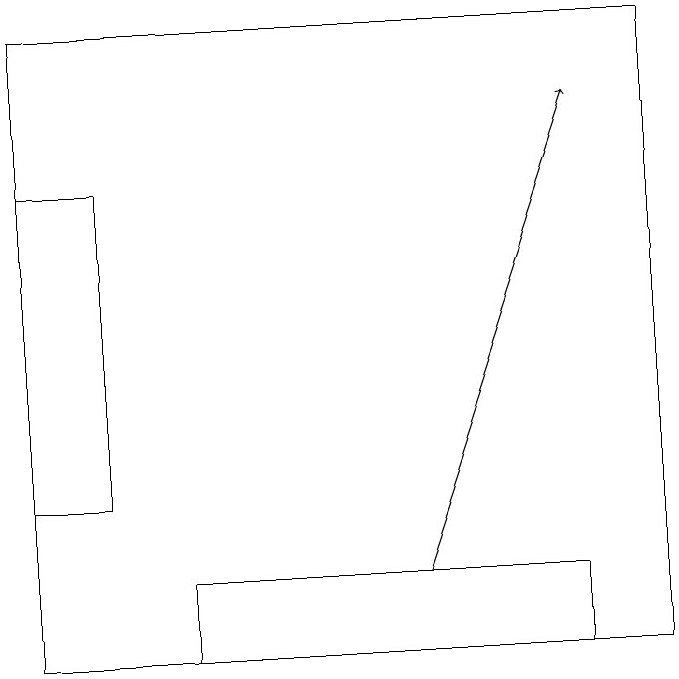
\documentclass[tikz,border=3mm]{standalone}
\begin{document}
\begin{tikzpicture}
\draw (8,12) rectangle (3,11);
\draw (2,17) rectangle (1,13);
\draw (1,19) rectangle (9,11);
\draw[->] (6,12) -- (8,18);
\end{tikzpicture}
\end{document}